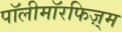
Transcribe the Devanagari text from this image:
पॉलीमॉरफिज़्म